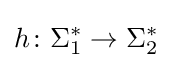
h\colon \Sigma _{1}^{*}\to \Sigma _{2}^{*}